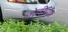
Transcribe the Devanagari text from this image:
लोलीपॉप